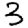
Digit: 3